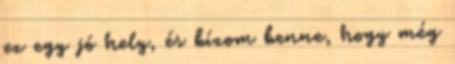
ez egy jó hely, és bízom benne, hogy még